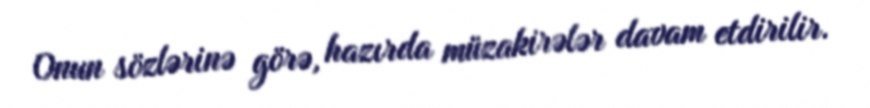
Onun sözlərinə görə, hazırda müzakirələr davam etdirilir.